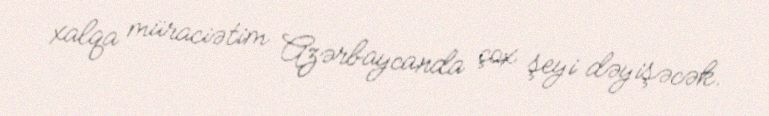
xalqa müraciətim Azərbaycanda çox şeyi dəyişəcək.